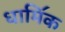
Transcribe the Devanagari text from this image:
धामि॔क